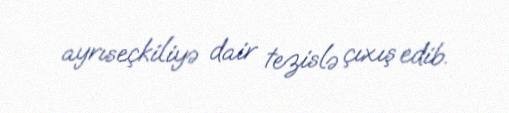
ayrıseçkiliyə dair tezislə çıxış edib.